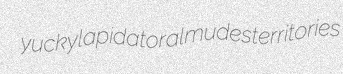
yucky lapidator almudes territories